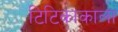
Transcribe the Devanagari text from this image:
टिटिकाकाला